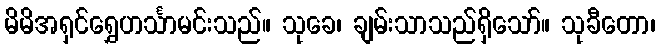
မိမိအရှင်ရွှေဟင်္သာမင်းသည်။ သုခေ၊ ချမ်းသာသည်ရှိသော်။ သုခီတော၊